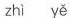
zhì yě